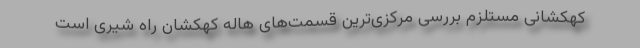
کهکشانی مستلزم بررسی مرکزی‌ترین قسمت‌های هاله کهکشان راه شیری است